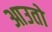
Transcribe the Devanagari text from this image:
आउतो